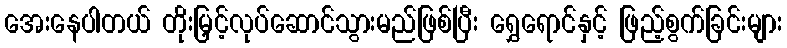
အေးနေပါတယ် တိုးမြှင့်လုပ်ဆောင်သွားမည်ဖြစ်ပြီး ရွှေရောင်နှင့် ဖြည့်စွက်ခြင်းများ